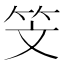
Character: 𥫾